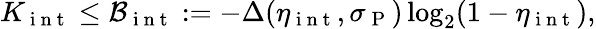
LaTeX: K_{\mathrm{~i~n~t~}}\leq\mathcal{B}_{\mathrm{~i~n~t~}}:=-\Delta(\eta_{\mathrm{~i~n~t~}},\sigma_{\mathrm{~P~}})\log_{2}(1-\eta_{\mathrm{~i~n~t~}}),